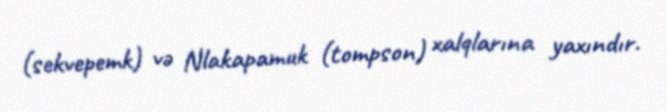
(sekvepemk) və Nlakapamuk (tompson) xalqlarına yaxındır.